Source: Handwritten
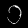
Digit: ၁ (1)